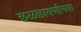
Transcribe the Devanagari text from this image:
छळछावणीच्या